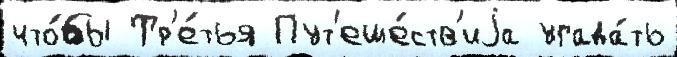
что́бы Тр'е́тья Пут'еше́ств'иjа угада́ть